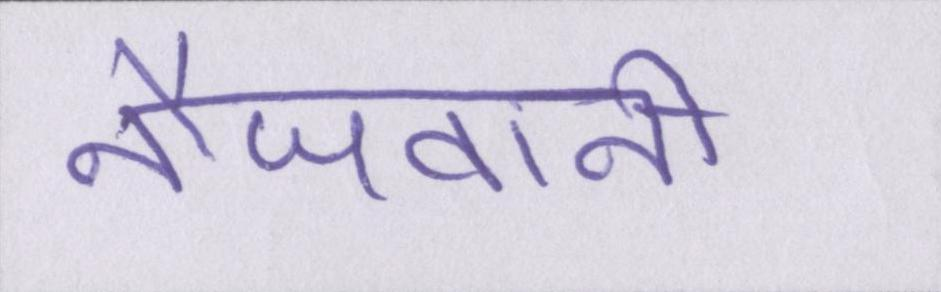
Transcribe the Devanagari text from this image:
नौजवानी